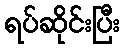
ရပ်ဆိုင်းပြီး